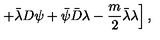
\left. + { \bar { \lambda } } D \psi + { \bar { \psi } } { \bar { D } } \lambda - \frac { m } { 2 } { \bar { \lambda } } \lambda \right] ,